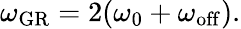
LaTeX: \begin{array}{r}{\omega_{\mathrm{GR}}=2(\omega_{0}+\omega_{\mathrm{off}}).}\end{array}